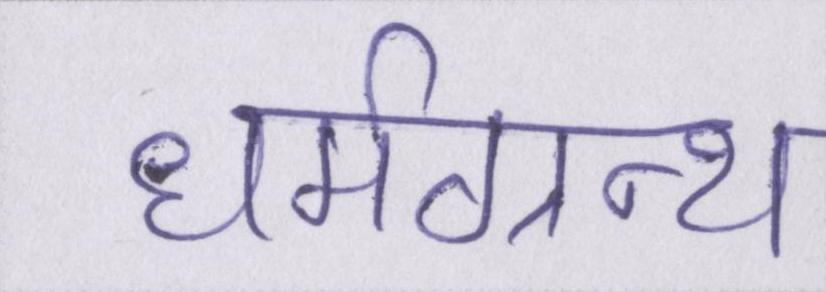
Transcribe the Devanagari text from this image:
धर्मग्रन्थ